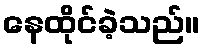
နေထိုင်ခဲ့သည်။